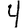
Digit: 4